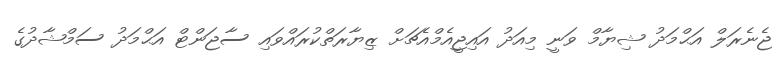
ޖެނެރަލް އަޙްމަދު ޝިޔާމް ވަނީ މިއަދު އައިޖީއެމްއެޗަށް ޒިޔާރަތްކުރައްވައި ސާޖަންޓް އަޙްމަދު ސަމްޝާދުގެ